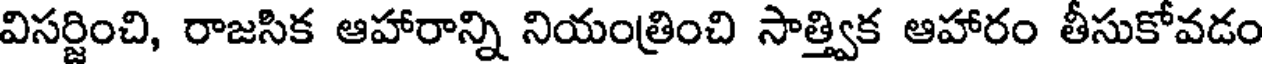
విసర్జించి, రాజసిక ఆహారాన్ని నియంత్రించి సాత్త్విక ఆహారం తీసుకోవడం